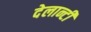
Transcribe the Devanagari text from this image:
देलान्टी